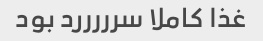
غذا کاملا سرررررد بود